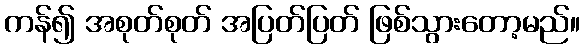
ကန်၍ အစုတ်စုတ် အပြတ်ပြတ် ဖြစ်သွားတော့မည်။